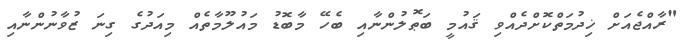
"ރާއްޖެއަށް ޚިދުމަތްކޮށްދެއްވި ޤައުމީ ބަޠޮލުންނާއި ބެހޭ މާބޮޑު މައުލޫމާތެއް މިއަދުގެ ގިނަ ޒުވާނުންނާއި